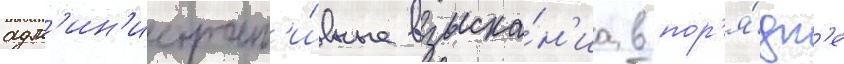
адм'ин'истрат'и́вные взыска́н'иа в пор'я́дк'е